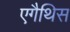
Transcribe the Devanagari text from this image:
एगैथिस